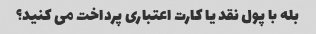
بله با پول نقد یا کارت اعتباری پرداخت می کنید؟